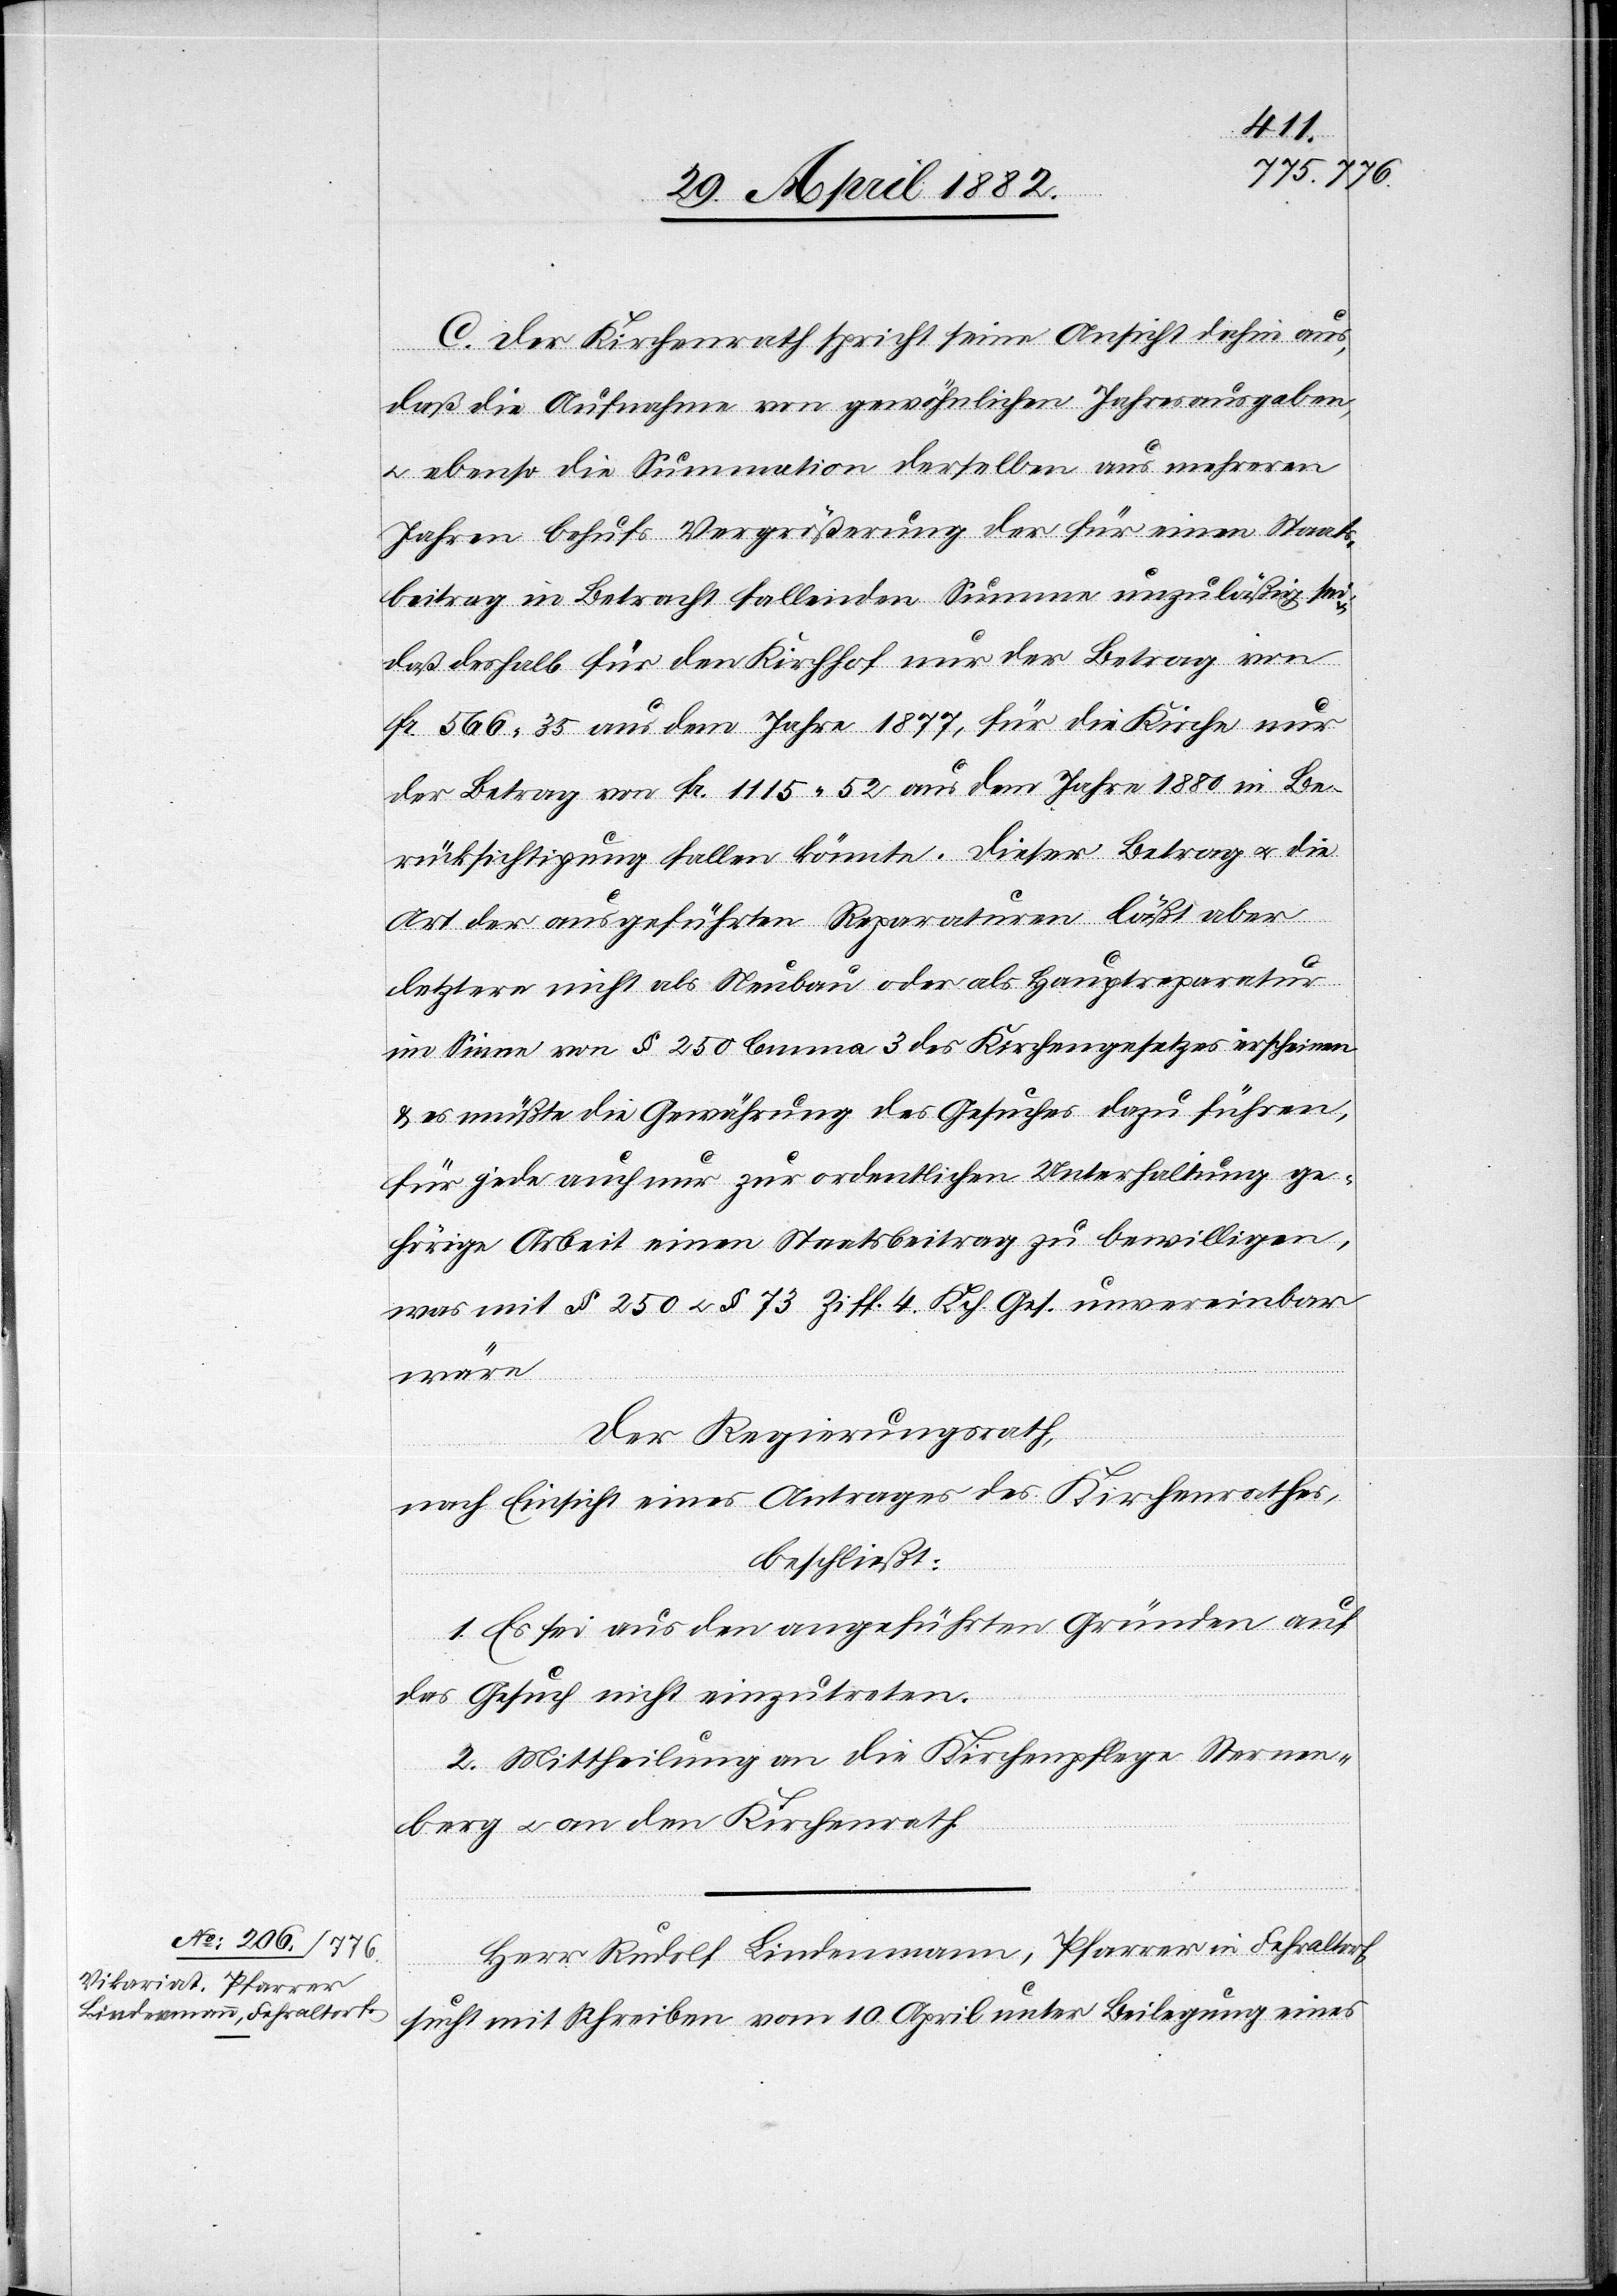
C. Der Kirchenrath spricht seine Ansicht dahin aus,
daß die Aufnahme von gewöhnlichen Jahresausgaben,
u. ebenso die Summation derselben aus mehreren
Jahren behufs Vergrößerung der für einen Staats¬
beitrag in Betracht fallenden Summen unzuläßig sei
daß deshalb für den Kirchhof nur der Betrag von
Fr. 566 35 aus dem Jahre 1877, für die Kirche nur
der Betrag von Fr. 1115 52 aus dem Jahre 1880 in Be¬
rücksichtigung fallen könnte. Dieser Betrag u. die
Art der ausgeführten Reparaturen läßt aber
letztere nicht als Neubau oder als Hauptreparatur
im Sinne von § 250 lemma 3 des Kirchengesetzes erscheinen
& es müßte die Gewährung des Gesuches dazu führen,
für jede auch nur zur ordentlichen Unterhaltung ge¬
hörige Arbeit einen Staatsbeitrag zu bewilligen,
was mit § 250 u. § 73 Ziff. 4 Kch. Ges. unvereinbar
wäre.
Der Regierungsrath,
nach Einsicht eines Antrages des Kirchenrathes,
beschließt:
1. Es sei aus den angeführten Gründen auf
das Gesuch nicht einzutreten.
2. Mittheilung an die Kirchenpflege Sternen¬
berg u. an den Kirchenrath.
Herr Rudolf Bindenmann, Pfarrer in Fehraltorf,
sucht mit Schreiben vom 10. April unter Beilegung eines